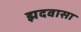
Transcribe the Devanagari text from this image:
झदवासा